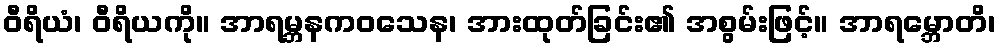
ဝီရိယံ၊ ဝီရိယကို။ အာရမ္ဘနကဝသေန၊ အားထုတ်ခြင်း၏ အစွမ်းဖြင့်။ အာရမ္ဘောတိ၊